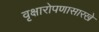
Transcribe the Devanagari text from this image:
वृक्षारोपणासारखे